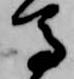
馬